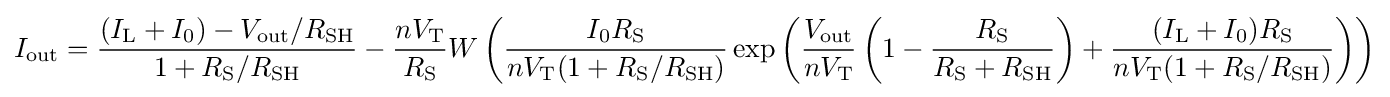
I_{\text{out}}={\frac {(I_{\text{L}}+I_{0})-V_{\text{out}}/R_{\text{SH}}}{1+R_{\text{S}}/R_{\text{SH}}}}-{\frac {nV_{\text{T}}}{R_{\text{S}}}}W\left({\frac {I_{0}R_{\text{S}}}{nV_{\text{T}}(1+R_{\text{S}}/R_{\text{SH}})}}\exp \left({\frac {V_{\text{out}}}{nV_{\text{T}}}}\left(1-{\frac {R_{\text{S}}}{R_{\text{S}}+R_{\text{SH}}}}\right)+{\frac {(I_{\text{L}}+I_{0})R_{\text{S}}}{nV_{\text{T}}(1+R_{\text{S}}/R_{\text{SH}})}}\right)\right)